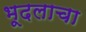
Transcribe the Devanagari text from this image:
भूदलाचा